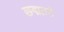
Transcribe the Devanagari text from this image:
छद्मतने